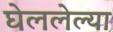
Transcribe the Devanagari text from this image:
घेललेल्या